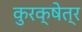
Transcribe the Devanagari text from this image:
कुरक्षेत्र